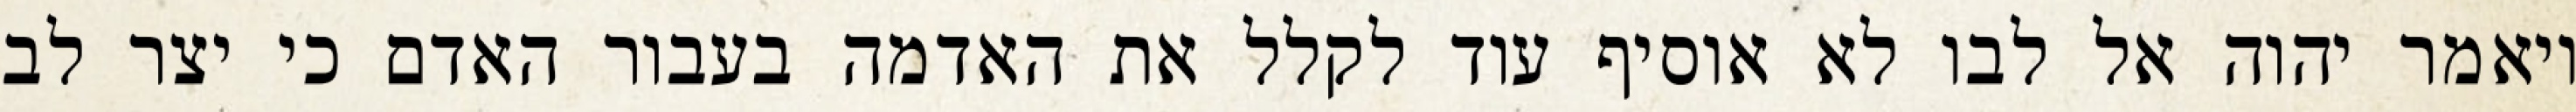
ויאמר יהוה אל לבו לא אוסיף עוד לקלל את האדמה בעבור האדם כי יצר לב